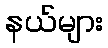
နယ်များ